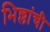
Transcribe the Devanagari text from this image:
भिल्लांची